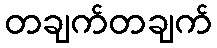
တချက်တချက်